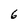
Character: 6